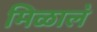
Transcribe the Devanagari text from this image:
मिळाल॓